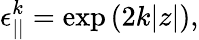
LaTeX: \epsilon_{||}^{k}=\exp\left({2k|z|}\right),